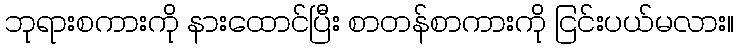
ဘုရားစကားကို နားထောင်ပြီး စာတန်စာကားကို ငြင်းပယ်မလား။